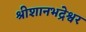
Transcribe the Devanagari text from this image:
श्रीशानभद्रेश्वर